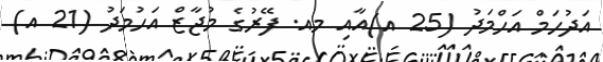
އަދުހަމް އަހްމަދު (25 އ)އާއި މއ. ފޭރުގެ މުޖާޒް އަހުމަދު (21 އ)